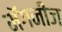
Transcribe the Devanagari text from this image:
मॅगनीज